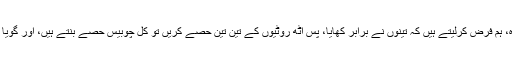
حضرت علی نے فرمایا: یہ تو ہم فیصلہ نہیں کر سکتے کہ کس نے کم کھایا اور کس نے زیادہ، ہم فرض کرلیتے ہیں کہ تینوں نے برابر کھایا، پس آٹھ روٹیوں کے تین تین حصے کریں تو کل چوبیس حصے بنتے ہیں، اور گویا ہر ایک نے آٹھ آٹھ حصے کھائے، اور تیسرے شخص نے اپنے حصے کے آٹھ درہم دے دیے۔